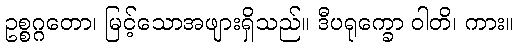
ဥစ္စဂ္ဂတော၊ မြင့်သောအဖျားရှိသည်။ ဒီပရုက္ခော ဝါတိ၊ ကား။